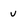
Character: v